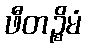
ဖီတဉ္စိမံ